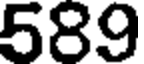
589